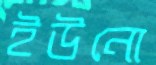
ইউনো